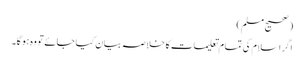
(صحیح مسلم)
اگر اسلام کی تمام تعلیمات کا خلاصہ بیان کیا جائے تو وہ ہو گا۔